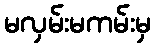
မလှမ်းမကမ်းမှ